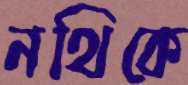
নথিকে